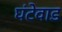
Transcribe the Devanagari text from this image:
घंटेवाड